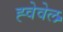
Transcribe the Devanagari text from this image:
ह्वेवेल